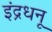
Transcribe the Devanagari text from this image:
इंद्रधनू